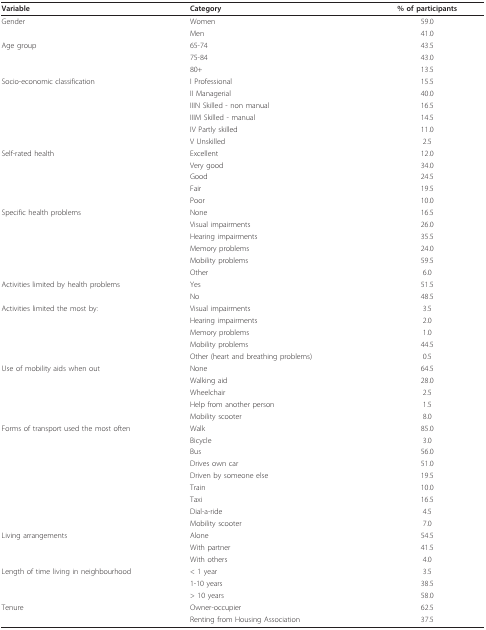
<table><thead><tr><td><b>Variable</b></td><td><b>Category</b></td><td><b>% of participants</b></td></tr></thead><tbody><tr><td>Gender</td><td>Women</td><td>59.0</td></tr><tr><td></td><td>Men</td><td>41.0</td></tr><tr><td>Age group</td><td>65-74</td><td>43.5</td></tr><tr><td></td><td>75-84</td><td>43.0</td></tr><tr><td></td><td>80+</td><td>13.5</td></tr><tr><td>Socio-economic classification</td><td>I Professional</td><td>15.5</td></tr><tr><td></td><td>II Managerial</td><td>40.0</td></tr><tr><td></td><td>IIIN Skilled - non manual</td><td>16.5</td></tr><tr><td></td><td>IIIM Skilled - manual</td><td>14.5</td></tr><tr><td></td><td>IV Partly skilled</td><td>11.0</td></tr><tr><td></td><td>V Unskilled</td><td>2.5</td></tr><tr><td>Self-rated health</td><td>Excellent</td><td>12.0</td></tr><tr><td></td><td>Very good</td><td>34.0</td></tr><tr><td></td><td>Good</td><td>24.5</td></tr><tr><td></td><td>Fair</td><td>19.5</td></tr><tr><td></td><td>Poor</td><td>10.0</td></tr><tr><td>Specific health problems</td><td>None</td><td>16.5</td></tr><tr><td></td><td>Visual impairments</td><td>26.0</td></tr><tr><td></td><td>Hearing impairments</td><td>35.5</td></tr><tr><td></td><td>Memory problems</td><td>24.0</td></tr><tr><td></td><td>Mobility problems</td><td>59.5</td></tr><tr><td></td><td>Other</td><td>6.0</td></tr><tr><td>Activities limited by health problems</td><td>Yes</td><td>51.5</td></tr><tr><td></td><td>No</td><td>48.5</td></tr><tr><td>Activities limited the most by:</td><td>Visual impairments</td><td>3.5</td></tr><tr><td></td><td>Hearing impairments</td><td>2.0</td></tr><tr><td></td><td>Memory problems</td><td>1.0</td></tr><tr><td></td><td>Mobility problems</td><td>44.5</td></tr><tr><td></td><td>Other (heart and breathing problems)</td><td>0.5</td></tr><tr><td>Use of mobility aids when out</td><td>None</td><td>64.5</td></tr><tr><td></td><td>Walking aid</td><td>28.0</td></tr><tr><td></td><td>Wheelchair</td><td>2.5</td></tr><tr><td></td><td>Help from another person</td><td>1.5</td></tr><tr><td></td><td>Mobility scooter</td><td>8.0</td></tr><tr><td>Forms of transport used the most often</td><td>Walk</td><td>85.0</td></tr><tr><td></td><td>Bicycle</td><td>3.0</td></tr><tr><td></td><td>Bus</td><td>56.0</td></tr><tr><td></td><td>Drives own car</td><td>51.0</td></tr><tr><td></td><td>Driven by someone else</td><td>19.5</td></tr><tr><td></td><td>Train</td><td>10.0</td></tr><tr><td></td><td>Taxi</td><td>16.5</td></tr><tr><td></td><td>Dial-a-ride</td><td>4.5</td></tr><tr><td></td><td>Mobility scooter</td><td>7.0</td></tr><tr><td>Living arrangements</td><td>Alone</td><td>54.5</td></tr><tr><td></td><td>With partner</td><td>41.5</td></tr><tr><td></td><td>With others</td><td>4.0</td></tr><tr><td>Length of time living in neighbourhood</td><td>&lt; 1 year</td><td>3.5</td></tr><tr><td></td><td>1-10 years</td><td>38.5</td></tr><tr><td></td><td>&gt; 10 years</td><td>58.0</td></tr><tr><td>Tenure</td><td>Owner-occupier</td><td>62.5</td></tr><tr><td></td><td>Renting from Housing Association</td><td>37.5</td></tr></tbody></table>